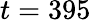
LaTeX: t=395